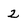
Character: 2